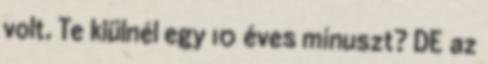
volt. Te kiülnél egy 10 éves mínuszt? DE az